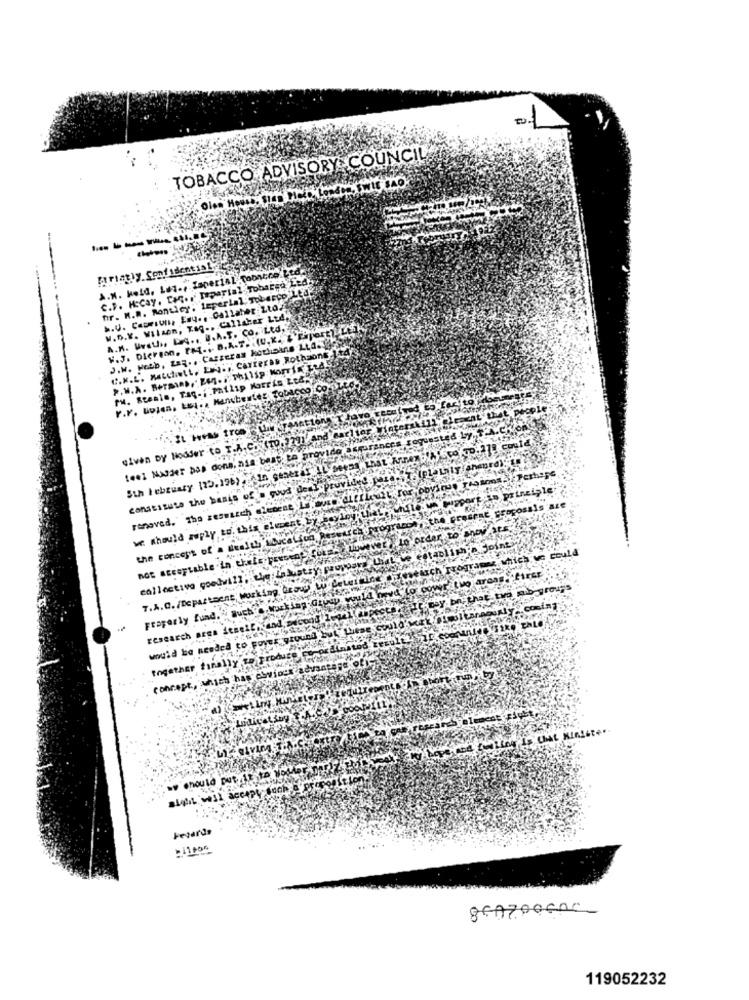
TOBACCO ADVISORY COUNCIL
Friatly, Senf ident is
A.M. Held. Let ., Imperial Tobacco.Ltd.
C.P. HoCay. THq ., Teparial Tobacgo Ltd.
fir. M.R. Monticy: Laperlal; ToberCo LE'd
.. U. Capriun, Eny ., Callaher Zto2]
W.D.K. Wilson, Tag .. Callakar Ltd.
W.J. Dierenn. TM -, B.A.T. (U.K. &'Fiport) Led
A.K. UvaU ., DA .. U.A.T. CO. Ltd.
C.K.L. Matchett, EN ., Carreras Rothaone ]+4
PH. Steals, Tag.''Philip Morris Lt4.
Given Dy Hodder to T.A.C. (10. 779) And earlier Winters!
. IL Hvastroom
could
1ee2 Mulder pas dona, his best. to provide a
Perhaps
constitute the basis of a good dealisprovided pesos
renoved." the research alement Force affLuit.
we should reply to this element, bytydepuis
the concept of a wealth Ilcation kesenresdagarse
could
7.A.C. /Department working, beout wydetermine
Fraperly fuad. " such cracking Given would med Lo
would be needed to Foyer ground but these could
together finally to Produce
concept, which has obvious advance
ww should put it to N
Feverda
897700600
119052232